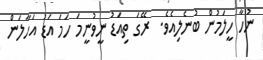
ނުހާ ހީލަމުން ބުނެލިއެވެ.  ރޭގަ ތިއަޑު ނީވުނީމަ ހަމަ އަޑު އަހާލަން